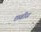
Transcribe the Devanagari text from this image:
छबीस